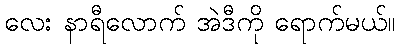
လေး နာရီလောက် အဲဒီကို ရောက်မယ်။